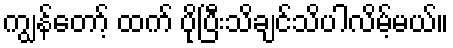
ကျွန်တော့် ထက် ပိုပြီးသိချင်သိပါလိမ့်မယ်။